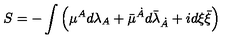
S = - \int \left( { \mu } { } ^ { A } d \lambda _ { A } + \bar { \mu } { } ^ { \dot { A } } d { \bar { \lambda } } _ { \dot { A } } + i d { \xi } \bar { \xi } \right)